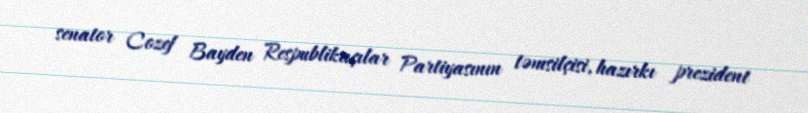
senator Cozef Bayden Respublikaçılar Partiyasının təmsilçisi, hazırkı prezident